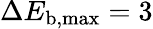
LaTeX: \Delta E_{\mathrm{b,max}}=3